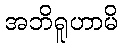
အဘိရူဟာမိ